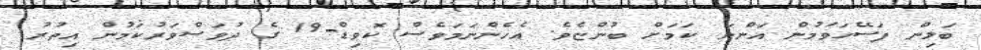
ބަލިން ފަސޭހަވަމުން އަންނަ ކަމަށް ބުންޏެވެ. އެހެންނަމަވެސް ކޮވިޑް-19 ގެ ދުވަސްވަރުކަމުން އިތުރު